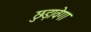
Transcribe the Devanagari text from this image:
छुड़ावेगा